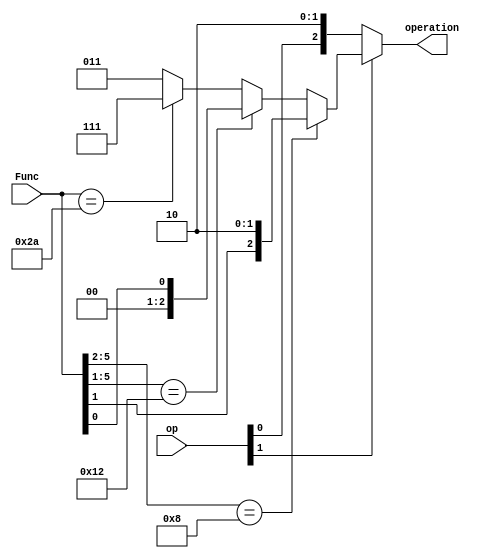
module AluControl(
input[1:0] op,
input[5:0] Func,
output[2:0] operation
	);
assign operation = 
	(op[1] == 0)? {op[0],2'b10}:(
		(Func[5:2]==4'b1000)? {Func[1],2'b10}:( //add,addu,sub,subu
			(Func[5:1]==5'b10010)? {2'b00,Func[0]}:(	//and,or
				(Func[5:0]==6'b101010)? 3'b111 : 3'b011	//slt,default
			)
		)
	);

endmodule